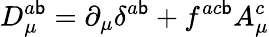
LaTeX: D_{\mu}^{a\mathsf{b}}=\partial_{\mu}\delta^{a\mathsf{b}}+f^{ac\mathsf{b}}A_{\mu}^{c}